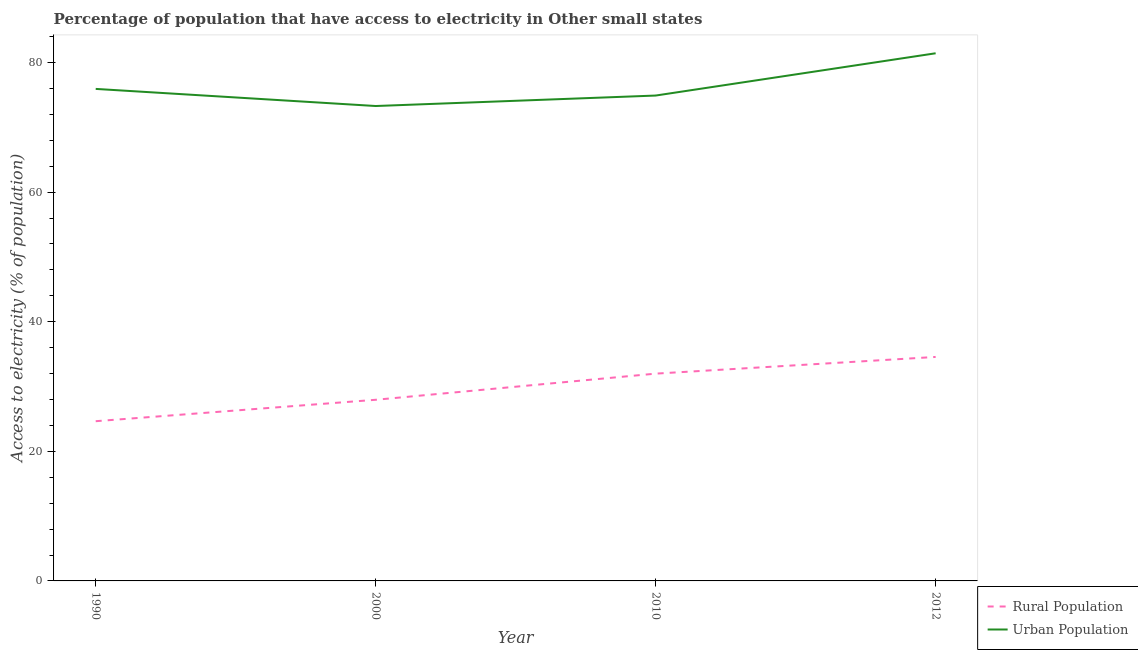
| Year | Rural Population | Urban Population |
 | --- | --- | --- |
 | 1990 | 24.6 | 75.9 |
 | 2000 | 28 | 73.3 |
 | 2010 | 32 | 74.9 |
 | 2012 | 34.6 | 81.4 |